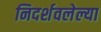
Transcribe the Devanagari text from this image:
निदर्शवलेल्या